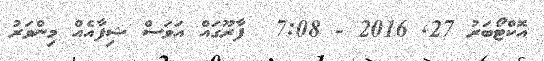
އޮކްޓޯބަރު 27